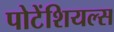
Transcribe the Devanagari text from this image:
पोटेंशियल्स